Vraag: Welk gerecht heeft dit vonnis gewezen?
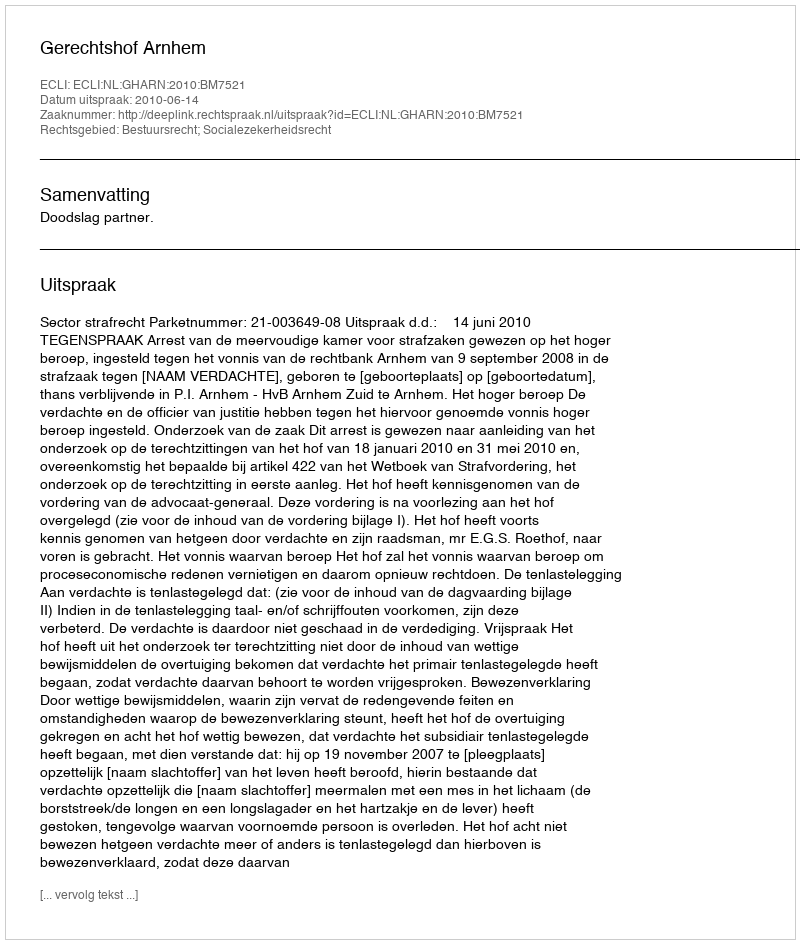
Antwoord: Gerechtshof Arnhem